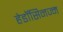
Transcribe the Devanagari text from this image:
हेडॉसिनज्म